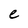
Character: e